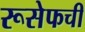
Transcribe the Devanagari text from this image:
रूसेफची